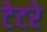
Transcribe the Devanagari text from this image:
टेटरे